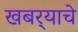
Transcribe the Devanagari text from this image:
खबर्‍याचे